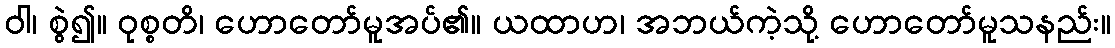
ဝါ၊ စွဲ၍။ ဝုစ္စတိ၊ ဟောတော်မူအပ်၏။ ယထာဟ၊ အဘယ်ကဲ့သို့ ဟောတော်မူသနည်း။